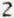
2